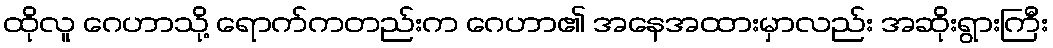
ထိုလူ ဂေဟာသို့ ရောက်ကတည်းက ဂေဟာ၏ အနေအထားမှာလည်း အဆိုးရွားကြီး